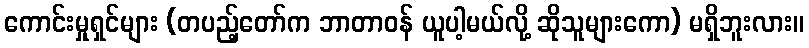
ကောင်းမှုရှင်များ (တပည့်တော်က ဘာတာဝန် ယူပါ့မယ်လို့ ဆိုသူများကော) မရှိဘူးလား။